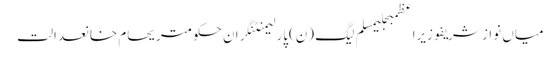
میاں نواز شریفوزیراعظمبجلیمسلم لیگ (ن)پارلیمنٹنگران حکومتریحام خانعدالت